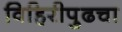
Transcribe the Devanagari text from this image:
विहिरीपुढचा